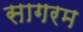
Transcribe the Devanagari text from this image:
सागरम